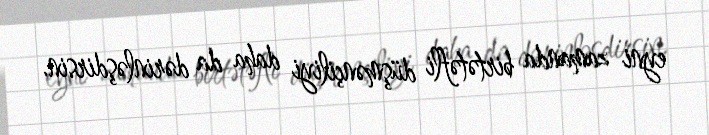
eyni zamanda birtətəfli düşmənçiliyi daha da dərinləşdirsin.